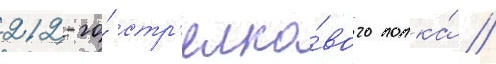
212-го́ стр'елко́вого полка́ //